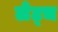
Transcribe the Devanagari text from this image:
लेट्च